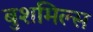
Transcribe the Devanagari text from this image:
बुशमिल्स